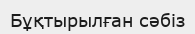
Бұқтырылған сәбіз